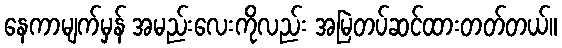
နေကာမျက်မှန် အမည်းလေးကိုလည်း အမြဲတပ်ဆင်ထားတတ်တယ်။